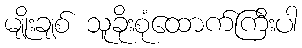
မျိုးချစ် သူခိုးစုံထောက်ကြီးပါ